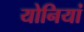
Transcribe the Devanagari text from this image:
योनियां